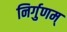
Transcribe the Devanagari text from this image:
निर्गुणम्